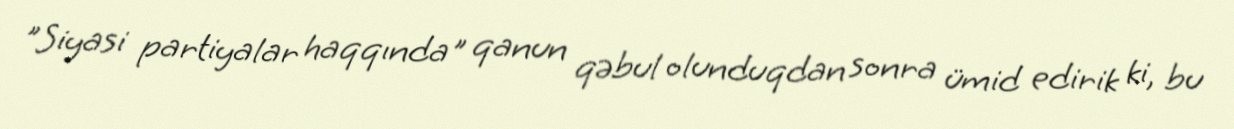
”Siyasi partiyalar haqqında" qanun qəbul olunduqdan sonra ümid edirik ki, bu